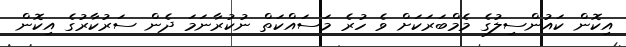
އިކޮން ކައުންސިލުގެ މެމްބަރަކަށް ވެ ހުރެ މަސައްކަތް ނުކުރާނަމަ ދެން ސަރުކާރުގެ އިކޮން